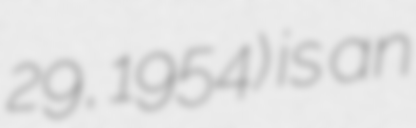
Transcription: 29, 1954) is an